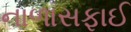
નાળાસફાઈ